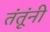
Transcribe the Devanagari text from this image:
तंतूंनी